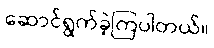
ဆောင်ရွက်ခဲ့ကြပါတယ်။